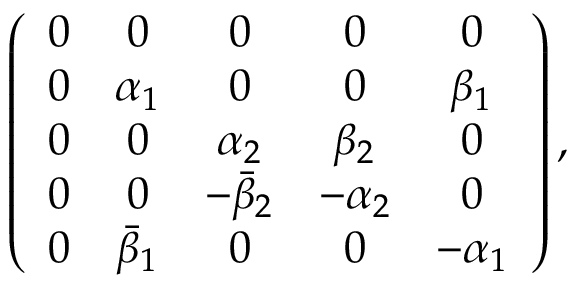
\left( \begin{array} { c c c c c } { { 0 } } & { { 0 } } & { { 0 } } & { { 0 } } & { { 0 } } \\ { { 0 } } & { { \alpha _ { 1 } } } & { { 0 } } & { { 0 } } & { { \beta _ { 1 } } } \\ { { 0 } } & { { 0 } } & { { \alpha _ { 2 } } } & { { \beta _ { 2 } } } & { { 0 } } \\ { { 0 } } & { { 0 } } & { { - { \bar { \beta } } _ { 2 } } } & { { - \alpha _ { 2 } } } & { { 0 } } \\ { { 0 } } & { { \- { \bar { \beta } } _ { 1 } } } & { { 0 } } & { { 0 } } & { { - \alpha _ { 1 } } } \end{array} \right) ,